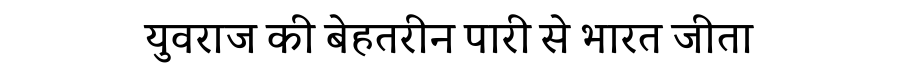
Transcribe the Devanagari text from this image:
युवराज की बेहतरीन पारी से भारत जीता